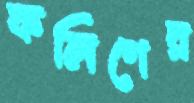
কলিগের